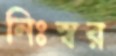
নিঃস্বর